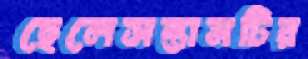
ছেলেসন্তানটির